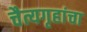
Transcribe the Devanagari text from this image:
चैत्यगृहांचा